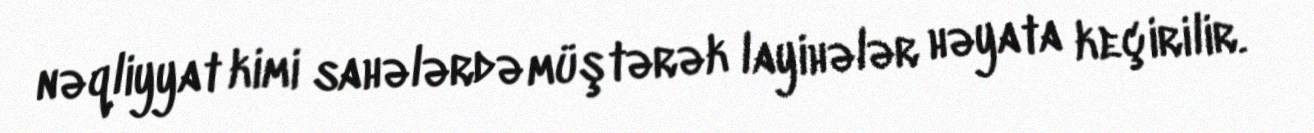
nəqliyyat kimi sahələrdə müştərək layihələr həyata keçirilir.